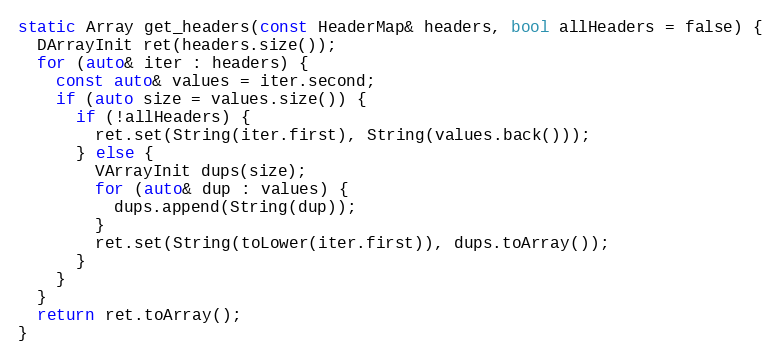
Language: C
static Array get_headers(const HeaderMap& headers, bool allHeaders = false) {
  DArrayInit ret(headers.size());
  for (auto& iter : headers) {
    const auto& values = iter.second;
    if (auto size = values.size()) {
      if (!allHeaders) {
        ret.set(String(iter.first), String(values.back()));
      } else {
        VArrayInit dups(size);
        for (auto& dup : values) {
          dups.append(String(dup));
        }
        ret.set(String(toLower(iter.first)), dups.toArray());
      }
    }
  }
  return ret.toArray();
}